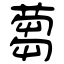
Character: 蒭